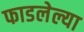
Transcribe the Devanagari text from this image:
फाडलेल्या